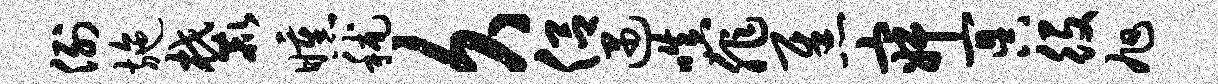
例施麓曛秫久侣遇嗔非焦寂冥役旭